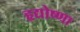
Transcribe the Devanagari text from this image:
हृद्योष्णा